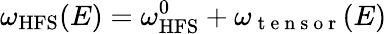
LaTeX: \omega_{\mathrm{{HFS}}}(E)=\omega_{\mathrm{{HFS}}}^{0}+\omega_{\mathrm{~t~e~n~s~o~r~}}(E)